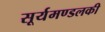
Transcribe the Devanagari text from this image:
सूर्यमण्डलकी